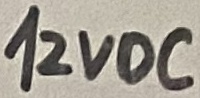
Text: 12VDC